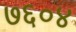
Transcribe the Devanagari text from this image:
७६०४